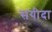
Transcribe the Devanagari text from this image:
सयीदा